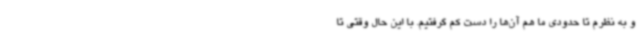
و به نظرم تا حدودی ما هم آن‌ها را دست کم گرفتیم. با این حال وقتی تا